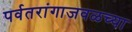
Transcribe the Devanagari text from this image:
पर्वतरांगाजवळच्या